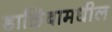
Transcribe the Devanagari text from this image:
डाळिंबामधील